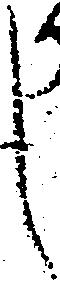
し